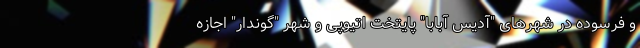
و فرسوده در شهرهای "آدیس آبابا" پایتخت اتیوپی و شهر "گوندار" اجازه